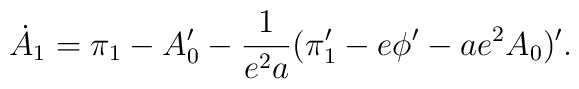
\dot A_1 = \pi_1 - A'_0 - {1\over{e^2a}}(\pi'_1 - e\phi' - ae^2A_0)'.